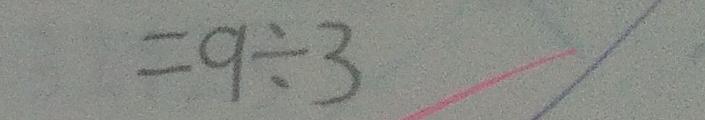
= 9 \div 3